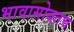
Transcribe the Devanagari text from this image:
भावासोबतच